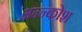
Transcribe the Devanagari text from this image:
अन्‍न्कोश